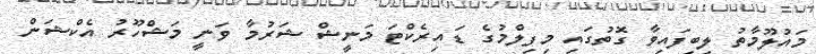
މައުލޫމާތު ލިބިފައިވާ ގޮތުގައި މިފިލްމުގެ ޑައިރެކްޓަ މަނީޝް ޝަރުމާ ވަނީ މަޝްހޫރު އެކްޝަން